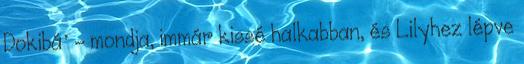
Dokibá' - mondja, immár kissé halkabban, és Lilyhez lépve